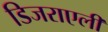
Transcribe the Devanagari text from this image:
डिजराएली